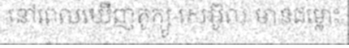
នៅពេលឃើញតូក្យូ-សេអ៊ូល មានជម្លោះ